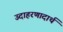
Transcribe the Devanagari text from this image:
उदाहरणादार्थ